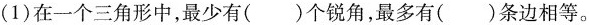
(1)在一个三角形中，最少有()个锐角，最多有()条边相等。